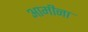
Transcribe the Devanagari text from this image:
आमीना